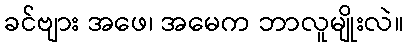
ခင်ဗျား အဖေ၊ အမေက ဘာလူမျိုးလဲ။